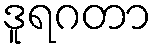
ဒူရဂတာ